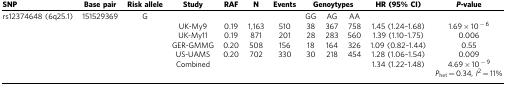
<table><thead><tr><td><b>SNP</b></td><td><b>Base pair</b></td><td><b>Risk allele</b></td><td><b>Study</b></td><td><b>RAF</b></td><td><b>N</b></td><td><b>Events</b></td><td colspan="3"><b>Genoytypes</b></td><td><b>HR (95% CI)</b></td><td><b><i>P</i>-value</b></td></tr></thead><tbody><tr><td>rs12374648 (6q25.1)</td><td>151529369</td><td>G</td><td> </td><td> </td><td> </td><td> </td><td>GG</td><td>AG</td><td>AA</td><td> </td><td> </td></tr><tr><td> </td><td> </td><td> </td><td>UK-My9</td><td>0.19</td><td>1,163</td><td>510</td><td>38</td><td>367</td><td>758</td><td>1.45 (1.24–1.68)</td><td>1.69 × 10<sup>−6</sup></td></tr><tr><td> </td><td> </td><td> </td><td>UK-My11</td><td>0.19</td><td>871</td><td>201</td><td>28</td><td>283</td><td>560</td><td>1.39 (1.10–1.75)</td><td>0.006</td></tr><tr><td> </td><td> </td><td> </td><td>GER-GMMG</td><td>0.20</td><td>508</td><td>156</td><td>18</td><td>164</td><td>326</td><td>1.09 (0.82–1.44)</td><td>0.55</td></tr><tr><td> </td><td> </td><td> </td><td>US-UAMS</td><td>0.20</td><td>702</td><td>330</td><td>30</td><td>218</td><td>454</td><td>1.28 (1.06–1.54)</td><td>0.009</td></tr><tr><td> </td><td> </td><td> </td><td>Combined</td><td> </td><td> </td><td> </td><td> </td><td> </td><td> </td><td>1.34 (1.22–1.48)</td><td>4.69 × 10<sup>−9</sup><i>P</i><sub>het</sub>=0.34, <i>I</i><sup>2</sup>=11%</td></tr></tbody></table>